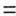
=